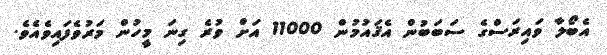
އެބޯލާ ވައިރަސްގެ ސަބަބުން އެޤައުމުން 11000 އަށް ވުރެ ގިނަ މީހުން މަރުވެފައިވެއެވެ.